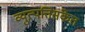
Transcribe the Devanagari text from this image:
व्युत्पत्तिसंकेत